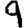
Digit: 9